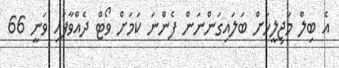
އެ ބިލް މަޖިލީހަށް ބަލައިގަންނަން ފެންނަ ކަމަށް ވޯޓް ދެއްވާފައި ވަނީ 66